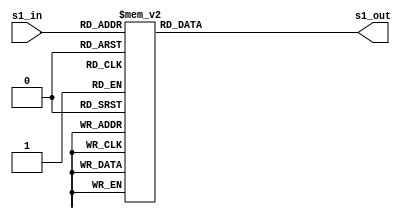
module SBoxDecrypt(s1_in,s1_out);
    input [3:0] s1_in;
    output [3:0] s1_out;

    reg [3:0] s1_out;

    always@(s1_in)
    begin
        case(s1_in)
            4'b0000: s1_out = 4'hA;
            4'b0001: s1_out = 4'h5;
            4'b0010: s1_out = 4'h9;
            4'b0011: s1_out = 4'hB;
            4'b0100: s1_out = 4'h1;
            4'b0101: s1_out = 4'h7;
            4'b0110: s1_out = 4'h8;
            4'b0111: s1_out = 4'hF;
            4'b1000: s1_out = 4'h6;
            4'b1001: s1_out = 4'h0;
            4'b1010: s1_out = 4'h2;
            4'b1011: s1_out = 4'h3;
            4'b1100: s1_out = 4'hC;
            4'b1101: s1_out = 4'h4;
            4'b1110: s1_out = 4'hD;
            4'b1111: s1_out = 4'hE;
        endcase
    end
endmodule